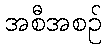
အစီအစဉ်